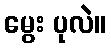
မွေး ပုလဲ။